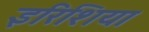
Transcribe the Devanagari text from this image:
इरिशिया